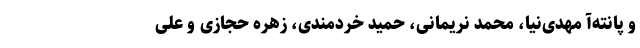
و پانته‌آ مهدی‌نیا، محمد نریمانی، حمید خردمندی، زهره حجازی و علی